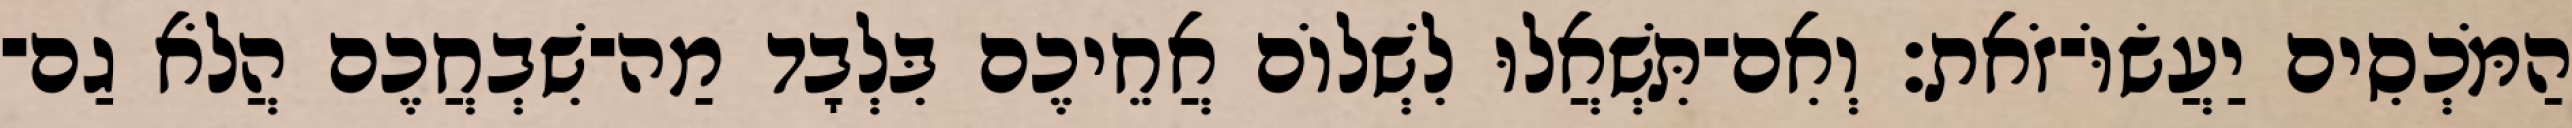
הַמֹּכְסִים יַעֲשׂוֹּ־זֹאת׃ וְאִם־תִּשְׁאֲלוּ לִשְׁלוֹם אֲחֵיכֶם בִּלְבָד מַה־שִׁבְחֲכֶם הֲלֹא גַם־